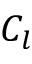
C _ { l }